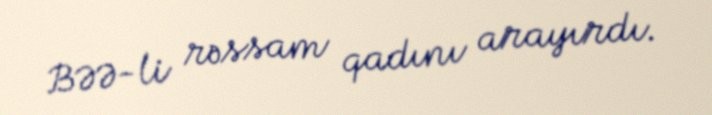
BƏƏ-li rəssam qadını arayırdı.